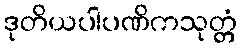
ဒုတိယပါပဏိကသုတ္တံ